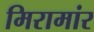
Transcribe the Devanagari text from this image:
मिरामांर